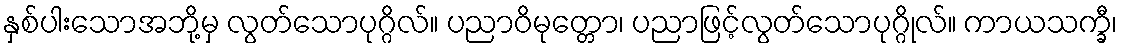
နှစ်ပါးသောအဘို့မှ လွတ်သောပုဂ္ဂိလ်။ ပညာဝိမုတ္တော၊ ပညာဖြင့်လွတ်သောပုဂ္ဂိုလ်။ ကာယသက္ခီ၊